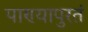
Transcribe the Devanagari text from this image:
पाण्यापुरतं